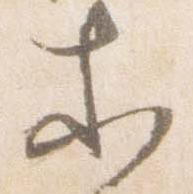
等